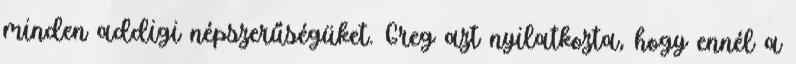
minden addigi népszerűségüket. Greg azt nyilatkozta, hogy ennél a